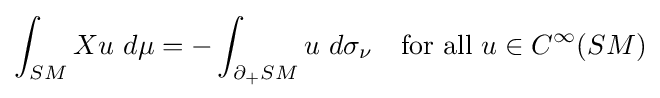
\int _{SM}Xu~d\mu =-\int _{\partial _{+}SM}u~d\sigma _{\nu }\quad {\text{for all }}u\in C^{\infty }(SM)